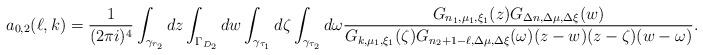
LaTeX: \begin{align*}a_{0,2}(\ell,k)=\frac 1{(2\pi i)^4}\int_{\gamma_{r_2}}dz\int_{\Gamma_{D_2}}dw\int_{\gamma_{\tau_1}}d\zeta\int_{\gamma_{\tau_2}}d\omega\frac{G_{n_1,\mu_1,\xi_1}(z)G_{\Delta n,\Delta\mu,\Delta\xi}(w)}{G_{k,\mu_1,\xi_1}(\zeta)G_{n_2+1-\ell,\Delta\mu,\Delta\xi}(\omega)(z-w)(z-\zeta)(w-\omega)}.\end{align*}